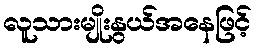
လူသားမျိုးနွယ်အနေဖြင့်